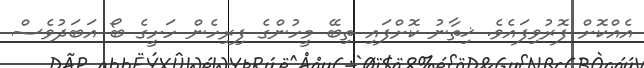
އެއްކޮށް ފޮރުވިފައެވެ. ޚިތާނު ކޮށްފައި ތިބޭ މީހުންގެ ފިރިހެން ހަށީގެ ބޯ އަބަދުވެސް